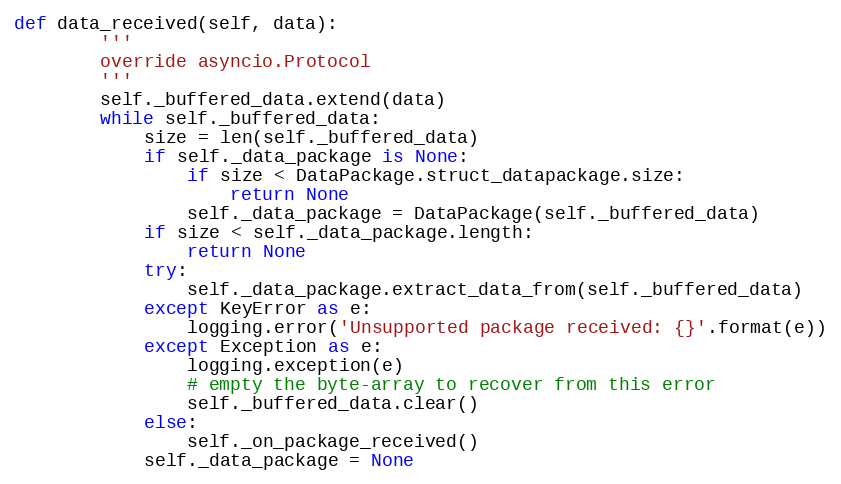
Language: Python
def data_received(self, data):
        '''
        override asyncio.Protocol
        '''
        self._buffered_data.extend(data)
        while self._buffered_data:
            size = len(self._buffered_data)
            if self._data_package is None:
                if size < DataPackage.struct_datapackage.size:
                    return None
                self._data_package = DataPackage(self._buffered_data)
            if size < self._data_package.length:
                return None
            try:
                self._data_package.extract_data_from(self._buffered_data)
            except KeyError as e:
                logging.error('Unsupported package received: {}'.format(e))
            except Exception as e:
                logging.exception(e)
                # empty the byte-array to recover from this error
                self._buffered_data.clear()
            else:
                self._on_package_received()
            self._data_package = None